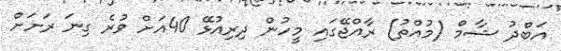
އަބްދު ޝާމް (މުއްތު) ރާއްޖޭގައި މީހުން ދިރިއުޅޭ 40އަށް ވުރެ ގިނަ ރަށަށް